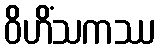
ဝိဟိံသကဿ